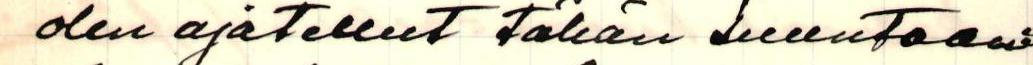
olen ajatellut tähän suuntaan